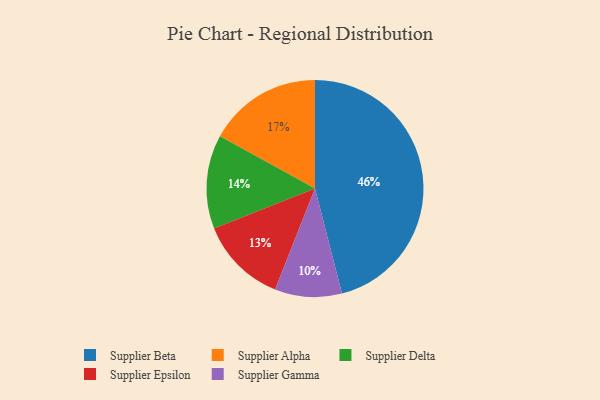
{"axis": {"x": "Category", "y": "Percentage"}, "legend": ["Supplier Alpha", "Supplier Beta", "Supplier Delta", "Supplier Epsilon", "Supplier Gamma"], "data": [{"x": "Supplier Gamma", "y": 10, "type": "Supplier Gamma"}, {"x": "Supplier Alpha", "y": 17, "type": "Supplier Alpha"}, {"x": "Supplier Beta", "y": 46, "type": "Supplier Beta"}, {"x": "Supplier Delta", "y": 14, "type": "Supplier Delta"}, {"x": "Supplier Epsilon", "y": 13, "type": "Supplier Epsilon"}]}